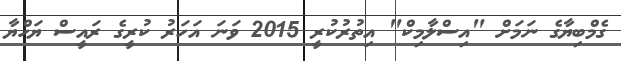
ގެމްބިޔާގެ ނަމަށް "އިސްލާމިކް" އިތުރުކުރީ 2015 ވަނަ އަހަރު ކުރީގެ ރައީސް ޔަހްޔާ